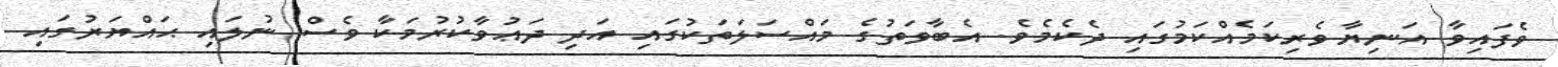
ވެފައިވާ އަނިޔާވެރިކަމެއްކަމުގައި ދެކެމެވެ. އެބާވަތުގެ މައްސަލަތަކުގައި އަދި ދަޢުވާކުރުމަކާ ވެސް ނުލައި ޙައްޔަރުގައި